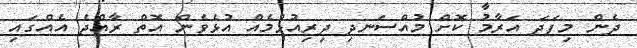
ދެން މިފަދަ އަރާމު ކޮށް މުއްސަނދި ދިރިއުޅުމެއް އުޅެވެން އޮތް ރާއްޖެ އެއްގައި